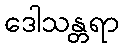
ဒေါသန္တရာ